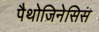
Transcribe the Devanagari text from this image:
पैथोजिनेसिस